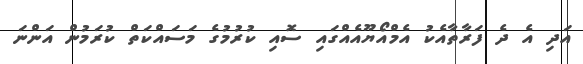
އަދި އެ ދެ ފަރާތާއެކު އެމްއޯޔޫއެއްގައި ސޮއި ކުރުމުގެ މަސައްކަތް ކުރަމުން އަންނަ